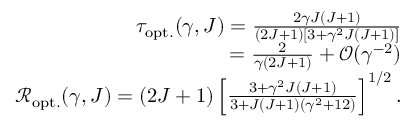
\begin{array} { r } { \tau _ { \mathrm { o p t . } } ( \gamma , J ) = \frac { 2 \gamma J ( J + 1 ) } { ( 2 J + 1 ) \left[ 3 + \gamma ^ { 2 } J ( J + 1 ) \right] } } \\ { = \frac { 2 } { \gamma ( 2 J + 1 ) } + \mathcal { O } ( \gamma ^ { - 2 } ) } \\ { \mathcal { R } _ { \mathrm { o p t . } } ( \gamma , J ) = ( 2 J + 1 ) \left[ \frac { 3 + \gamma ^ { 2 } J ( J + 1 ) } { 3 + J ( J + 1 ) ( \gamma ^ { 2 } + 1 2 ) } \right] ^ { 1 / 2 } . } \end{array}